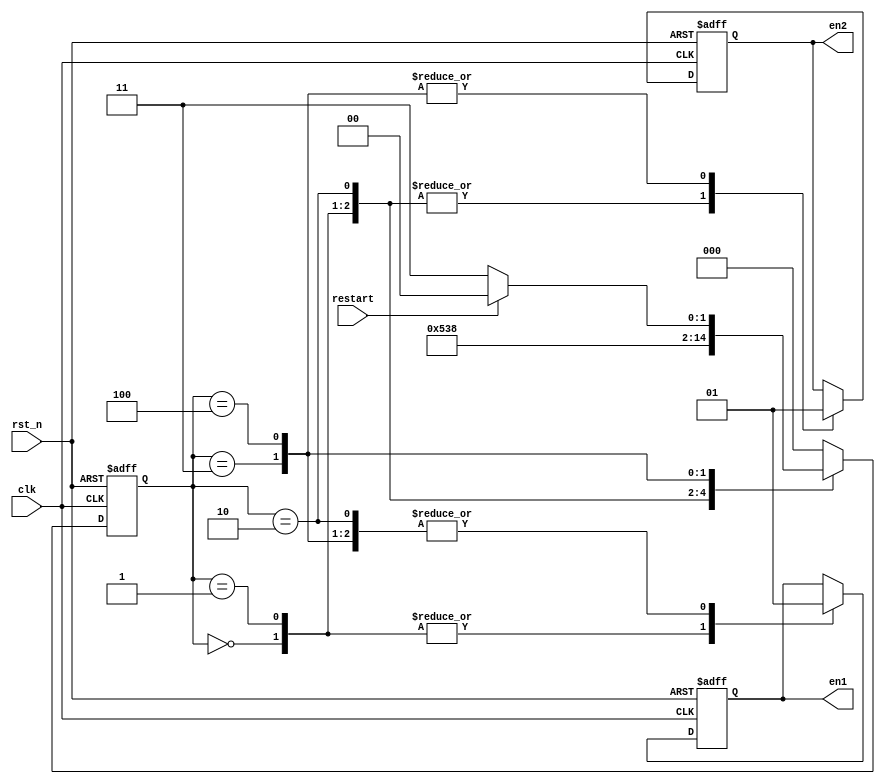
//This moduel is a controller for angle prediction
module angle_control
(
   input clk,
   input rst_n,
	input restart,
  
	output reg	en1,
	output reg	en2
);

	//state define
	parameter idle = 3'd0,S1 = 3'd1, S2 = 3'd2, S3 = 3'd3, S4 = 3'd4;
   //state
   reg [2:0] cs,ns;
	
	always @(posedge clk or negedge rst_n)
	begin
		if(~rst_n)
		begin
			cs = idle;
		end
		else
		begin
			cs = ns;
		end
	end
	
	always @(cs)
	begin
		ns = idle;
		case(cs)
		idle:
		begin
			ns = S1;
		end
		S1:
		begin
			ns = S2;
		end
		S2:
		begin
			ns = S3;
		end
		S3:
		begin
			ns = S4;
		end
		S4:
		begin
			if(restart)
			begin
				ns = idle;
			end
			else
			begin
				ns = S3;
			end
		end
		endcase
	end
	
	always @(posedge clk or negedge rst_n)
	begin
		if(~rst_n)
		begin
			en1 = 1'b0;
			en2 = 1'b0;
		end
		else
		begin
			case(cs)
			idle:
			begin
				en1 = 1'b0;
				en2 = 1'b0;
			end
			S1:
			begin
				en1 = 1'b0;
				en2 = 1'b0;
			end
			S2:
			begin
				en1 = 1'b1;
				en2 = 1'b0;
			end
			S3:
			begin
				en1 = 1'b1;
				en2 = 1'b1;
			end
			S4:
			begin
				en1 = 1'b1;
				en2 = 1'b1;
			end
			endcase
		end
	end

endmodule